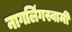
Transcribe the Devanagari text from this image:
नागलिंगस्वामी